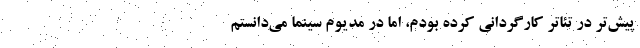
پیش‌تر در تئاتر کارگردانی کرده بودم، اما در مدیوم سینما می‌دانستم